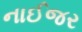
નાઈજર